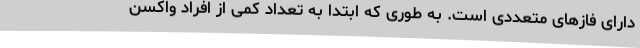
دارای فازهای متعددی است. به طوری که ابتدا به تعداد کمی از افراد واکسن